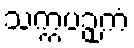
သက္ကပဉှကံ